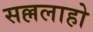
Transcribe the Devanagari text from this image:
सल्ललाहो